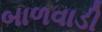
બાળવાડી